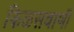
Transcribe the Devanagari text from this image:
किळसवाणी